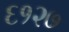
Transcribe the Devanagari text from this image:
६१२७